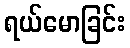
ရယ်မောခြင်း